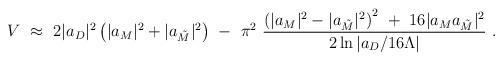
LaTeX: \begin{align*} V\ \approx\ 2 |a_D|^2 \left(|a_M|^2 + |a_{\tilde M}|^2\right) \ -\ \pi^2 \ { \left(|a_M|^2 - |a_{\tilde M}|^2\right)^2 \ +\ 16 |a_M a_{\tilde M}|^2 \over 2\ln{|a_D/16\Lambda|} }\ .\end{align*}